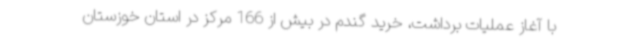
با آغاز عملیات برداشت، خرید گندم در بیش از 166 مرکز در استان خوزستان